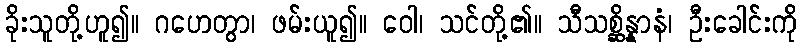
ခိုးသူတို့ဟူ၍။ ဂဟေတွာ၊ ဖမ်းယူ၍။ ဝေါ၊ သင်တို့၏။ သီသစ္ဆိန္နာနံ၊ ဦးခေါင်းကို